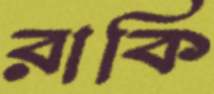
রাকি